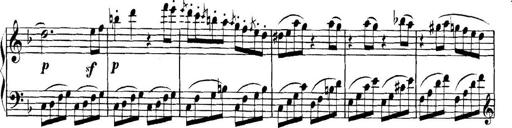
Title: Collected Piano Sonatas
Composer: Muzio Clementi